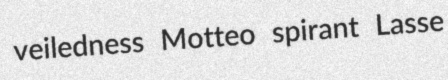
veiledness Motteo spirant Lasse